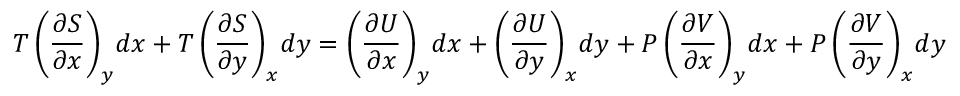
T \left( { \frac { \partial S } { \partial x } } \right) _ { y } \! d x + T \left( { \frac { \partial S } { \partial y } } \right) _ { x } \! d y = \left( { \frac { \partial U } { \partial x } } \right) _ { y } \! d x + \left( { \frac { \partial U } { \partial y } } \right) _ { x } \! d y + P \left( { \frac { \partial V } { \partial x } } \right) _ { y } \! d x + P \left( { \frac { \partial V } { \partial y } } \right) _ { x } \! d y